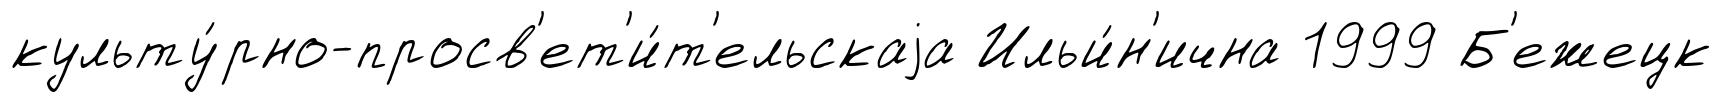
культу́рно-просв'ет'и́т'ельскаjа Ильи́н'ична 1999 Б'ежецк